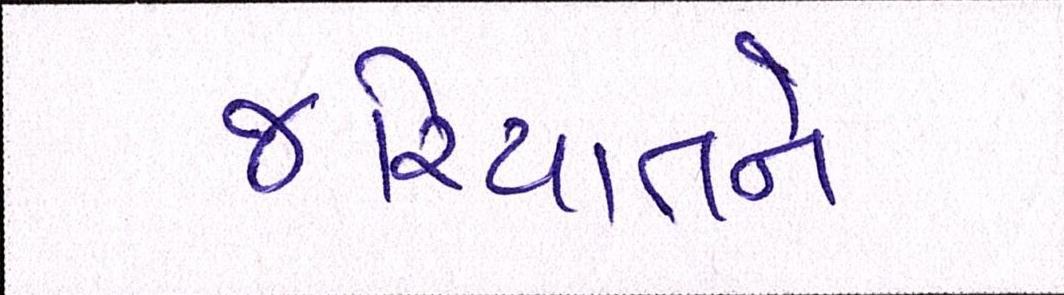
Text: જરિયાતને